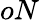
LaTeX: oN